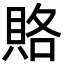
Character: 賂